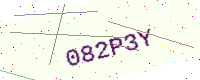
Text: 082P3Y